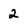
Character: 2